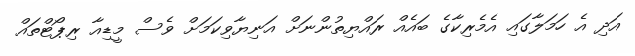
އަދި އެ ހަމަލާގައި އެމެރިކާގެ ބައެއް ރައްޔިތުންނަށް އަނިޔާވިކަމަށް ވެސް މީޑިއާ ރިޕޯޓްތައް